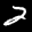
Label: 2